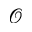
\mathcal { O }